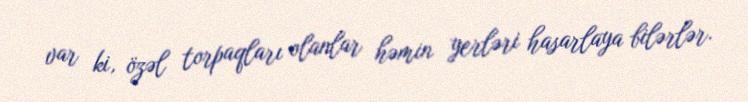
var ki, özəl torpaqları olanlar həmin yerləri hasarlaya bilərlər.